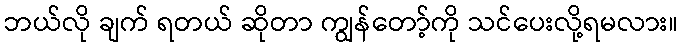
ဘယ်လို ချက် ရတယ် ဆိုတာ ကျွန်တော့်ကို သင်ပေးလို့ရမလား။